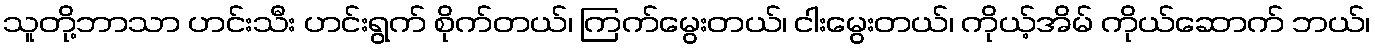
သူတို့ဘာသာ ဟင်းသီး ဟင်းရွက် စိုက်တယ်၊ ကြက်မွေးတယ်၊ ငါးမွေးတယ်၊ ကိုယ့်အိမ် ကိုယ်ဆောက် ဘယ်၊